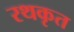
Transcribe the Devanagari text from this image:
रथकृत